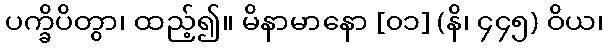
ပက္ခိပိတွာ၊ ထည့်၍။ မိနာမာနော [၀၁] (နိ၊ ၄၄၅) ဝိယ၊